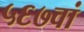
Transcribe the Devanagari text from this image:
५६७वां